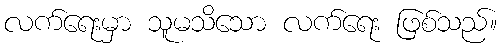
လက်ရေးမှာ သူမသိသော လက်ရေး ဖြစ်သည်။